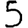
Digit: 5